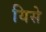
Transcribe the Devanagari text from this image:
यिसे